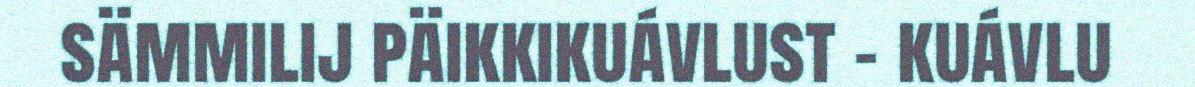
sämmilij päikkikuávlust – kuávlu